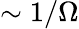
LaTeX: \sim 1/\Omega